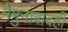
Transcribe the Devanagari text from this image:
मैमुनाबादही